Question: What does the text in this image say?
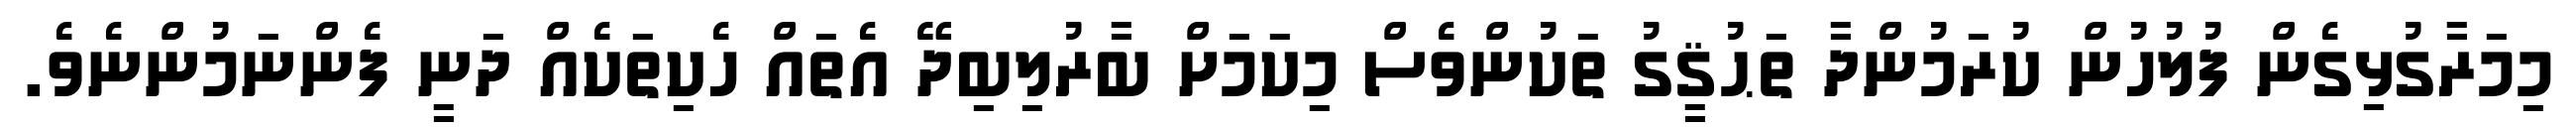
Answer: މިމަރާގުޅިގެން ފުލުހުން ކުރަމުންދާ ތަޙުޤީގު ތަކުންވެސް މިކަމަށް ބާރުލިބިދޭ އެތައް ހެކިތަކެއް ދަނީ ފެންނަމުންނެވެ.